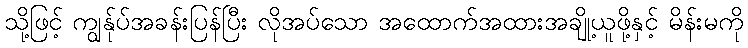
သို့ဖြင့် ကျွန်ုပ်အခန်းပြန်ပြီး လိုအပ်သော အထောက်အထားအချို့ယူဖို့နှင့် မိန်းမကို